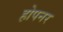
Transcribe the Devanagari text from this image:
होपनर